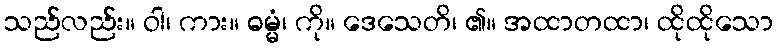
သည်လည်း။ ဝါ၊ ကား။ ဓမ္မံ၊ ကို။ ဒေသေတိ၊ ၏။ အထာတထာ၊ ထိုထိုသော